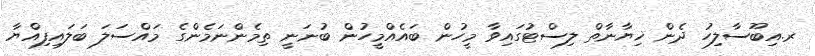
ރ.އިބޫސާލިހު ދެން ޚިޔާނާތް ލިސްޓުގައިވާ މީހުން ބައެއްމީހުން ބުނަނީ ތިމެންނަމެންގެ މައްސަލަ ބަލައިފިއްޔާ